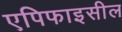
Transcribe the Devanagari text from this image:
एपिफाइसील